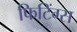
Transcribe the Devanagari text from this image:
फिटिंग्स